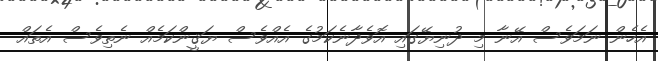
އެހެން ނަމަވެސް އޭނާ މި ދުނިޔޭގައި އޮވެދާނެކަމުގެ އެއްވެސް ޔަޤީންކަމެއް ނެތިވެސް އެތައް